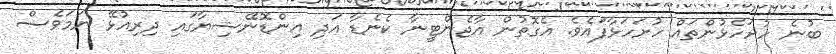
ބުނެ ހުށަހެޅުންތައް ހުށަހަޅާފައެވެ. އެގޮތުން އާޖެންޓީނާ ކެނެޑާ އަދި އިންޑޮނޭޝިޔާގައި ދިރިއުޅޭ ނަމަވެސް